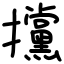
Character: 攩